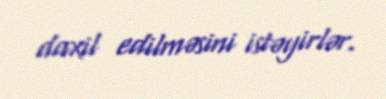
daxil edilməsini istəyirlər.